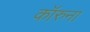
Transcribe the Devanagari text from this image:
कॉरुना